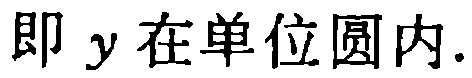
即 \(y\) 在单位圆内.